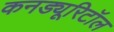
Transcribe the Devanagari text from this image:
कनड्यूरिटॉल